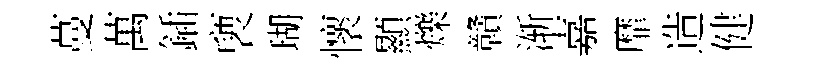
蔓萬鍤褏瑚懷顯爍贛渐嘉靡造健